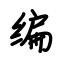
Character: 编